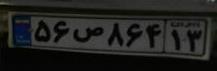
۵۶ص۸۶۴۱۳